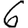
Digit: 6